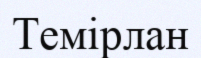
Темірлан